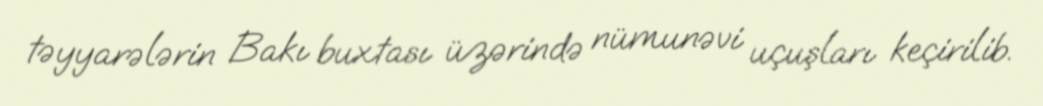
təyyarələrin Bakı buxtası üzərində nümunəvi uçuşları keçirilib.